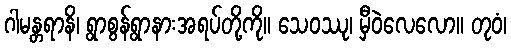
ဂါမန္တရာနိ၊ ရွာစွန်ရွာနားအရပ်တို့ကို။ သေဝဿု၊ မှီဝဲလေလော။ တုဝံ၊